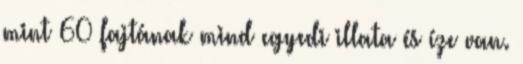
mint 60 fajtának mind egyedi illata és íze van.